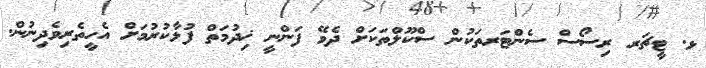
ޅ. ޓީޗަރ ރިސޯސް ސެންޓަރތަކުން ސްކޫލްތަކަށް ދެވޭ ފަންނީ ޚިދުމަތް ފުޅާކުރުމަށް އެހީތެރިވެދިނުން.